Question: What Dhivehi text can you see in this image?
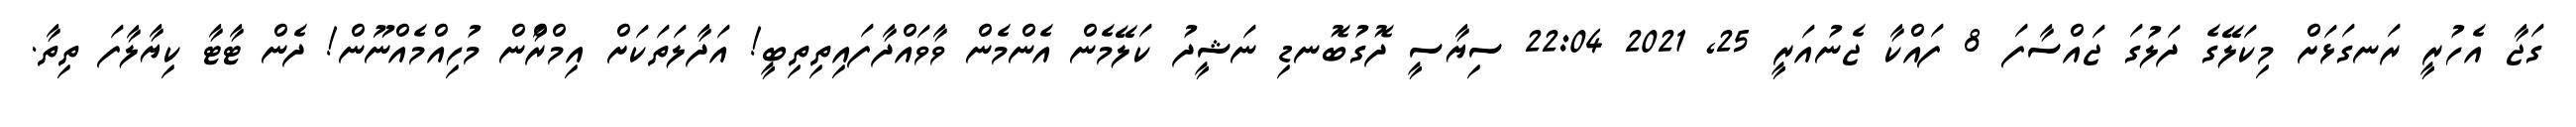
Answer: ގަޖާ އެހުރީ ރަނގަޅަށް މިކަލޭގެ ދަލުގަ ޖައްސާފަ 8 ފައްކާ ޖެނުއަރީ 25, 2021 22:04 ސިޔާސީ ދޮގުބޮނޑި ނަޝީދު ކަލޭމެން އެންމެން ވާވައްދާފައިތިތިބީ! އަދާލަތަކަށް އިމްރާްން މުހިއްމެއްނޫން! ދެން ޓާޓާ ކިޔާލާފަ ތިތާ.